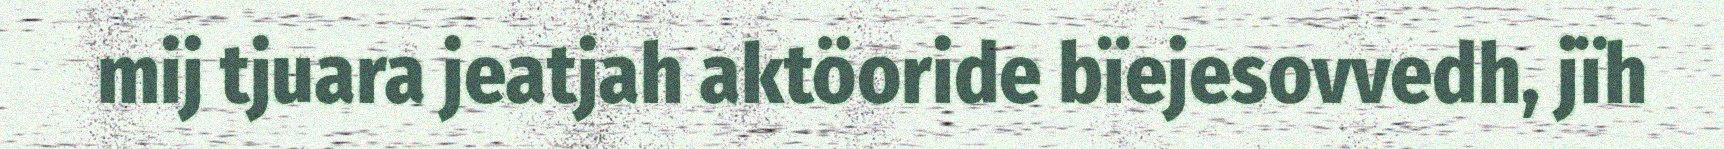
mij tjuara jeatjah aktöoride bïejesovvedh, jïh